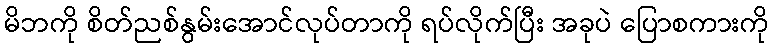
မိဘကို စိတ်ညစ်နွမ်းအောင်လုပ်တာကို ရပ်လိုက်ပြီး အခုပဲ ပြောစကားကို